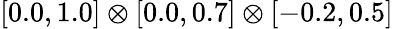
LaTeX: [0.0,1.0]\otimes[0.0,0.7]\otimes[-0.2,0.5]